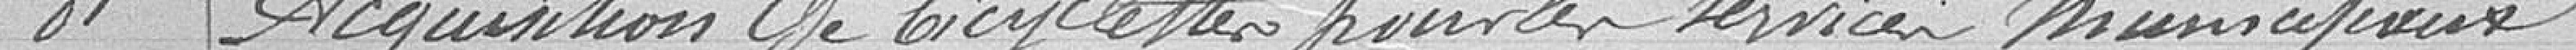
81 Acquisition de bicyclettes pour les services municipaux